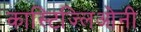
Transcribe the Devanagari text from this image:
कास्टिज्लिओनी